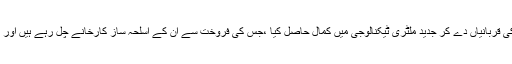
ہندو کو یہ بات سمجھ نہیں آئی کہ جن قوموں نے جنگ عظیم اول اور دوم میں اپنی ہزاروں لاکھوں جانوں کی قربانیاں دے کر جدید ملٹری ٹیکنالوجی میں کمال حاصل کیا ،جس کی فروخت سے ان کے اسلحہ ساز کارخانے چل رہے ہیں اور ہزاروں کاریگروں کا روزگار جن سے وابستہ ہے، وہ یہ فن کسی دوسرے ملک کو کیسے دے سکتے ہیں؟